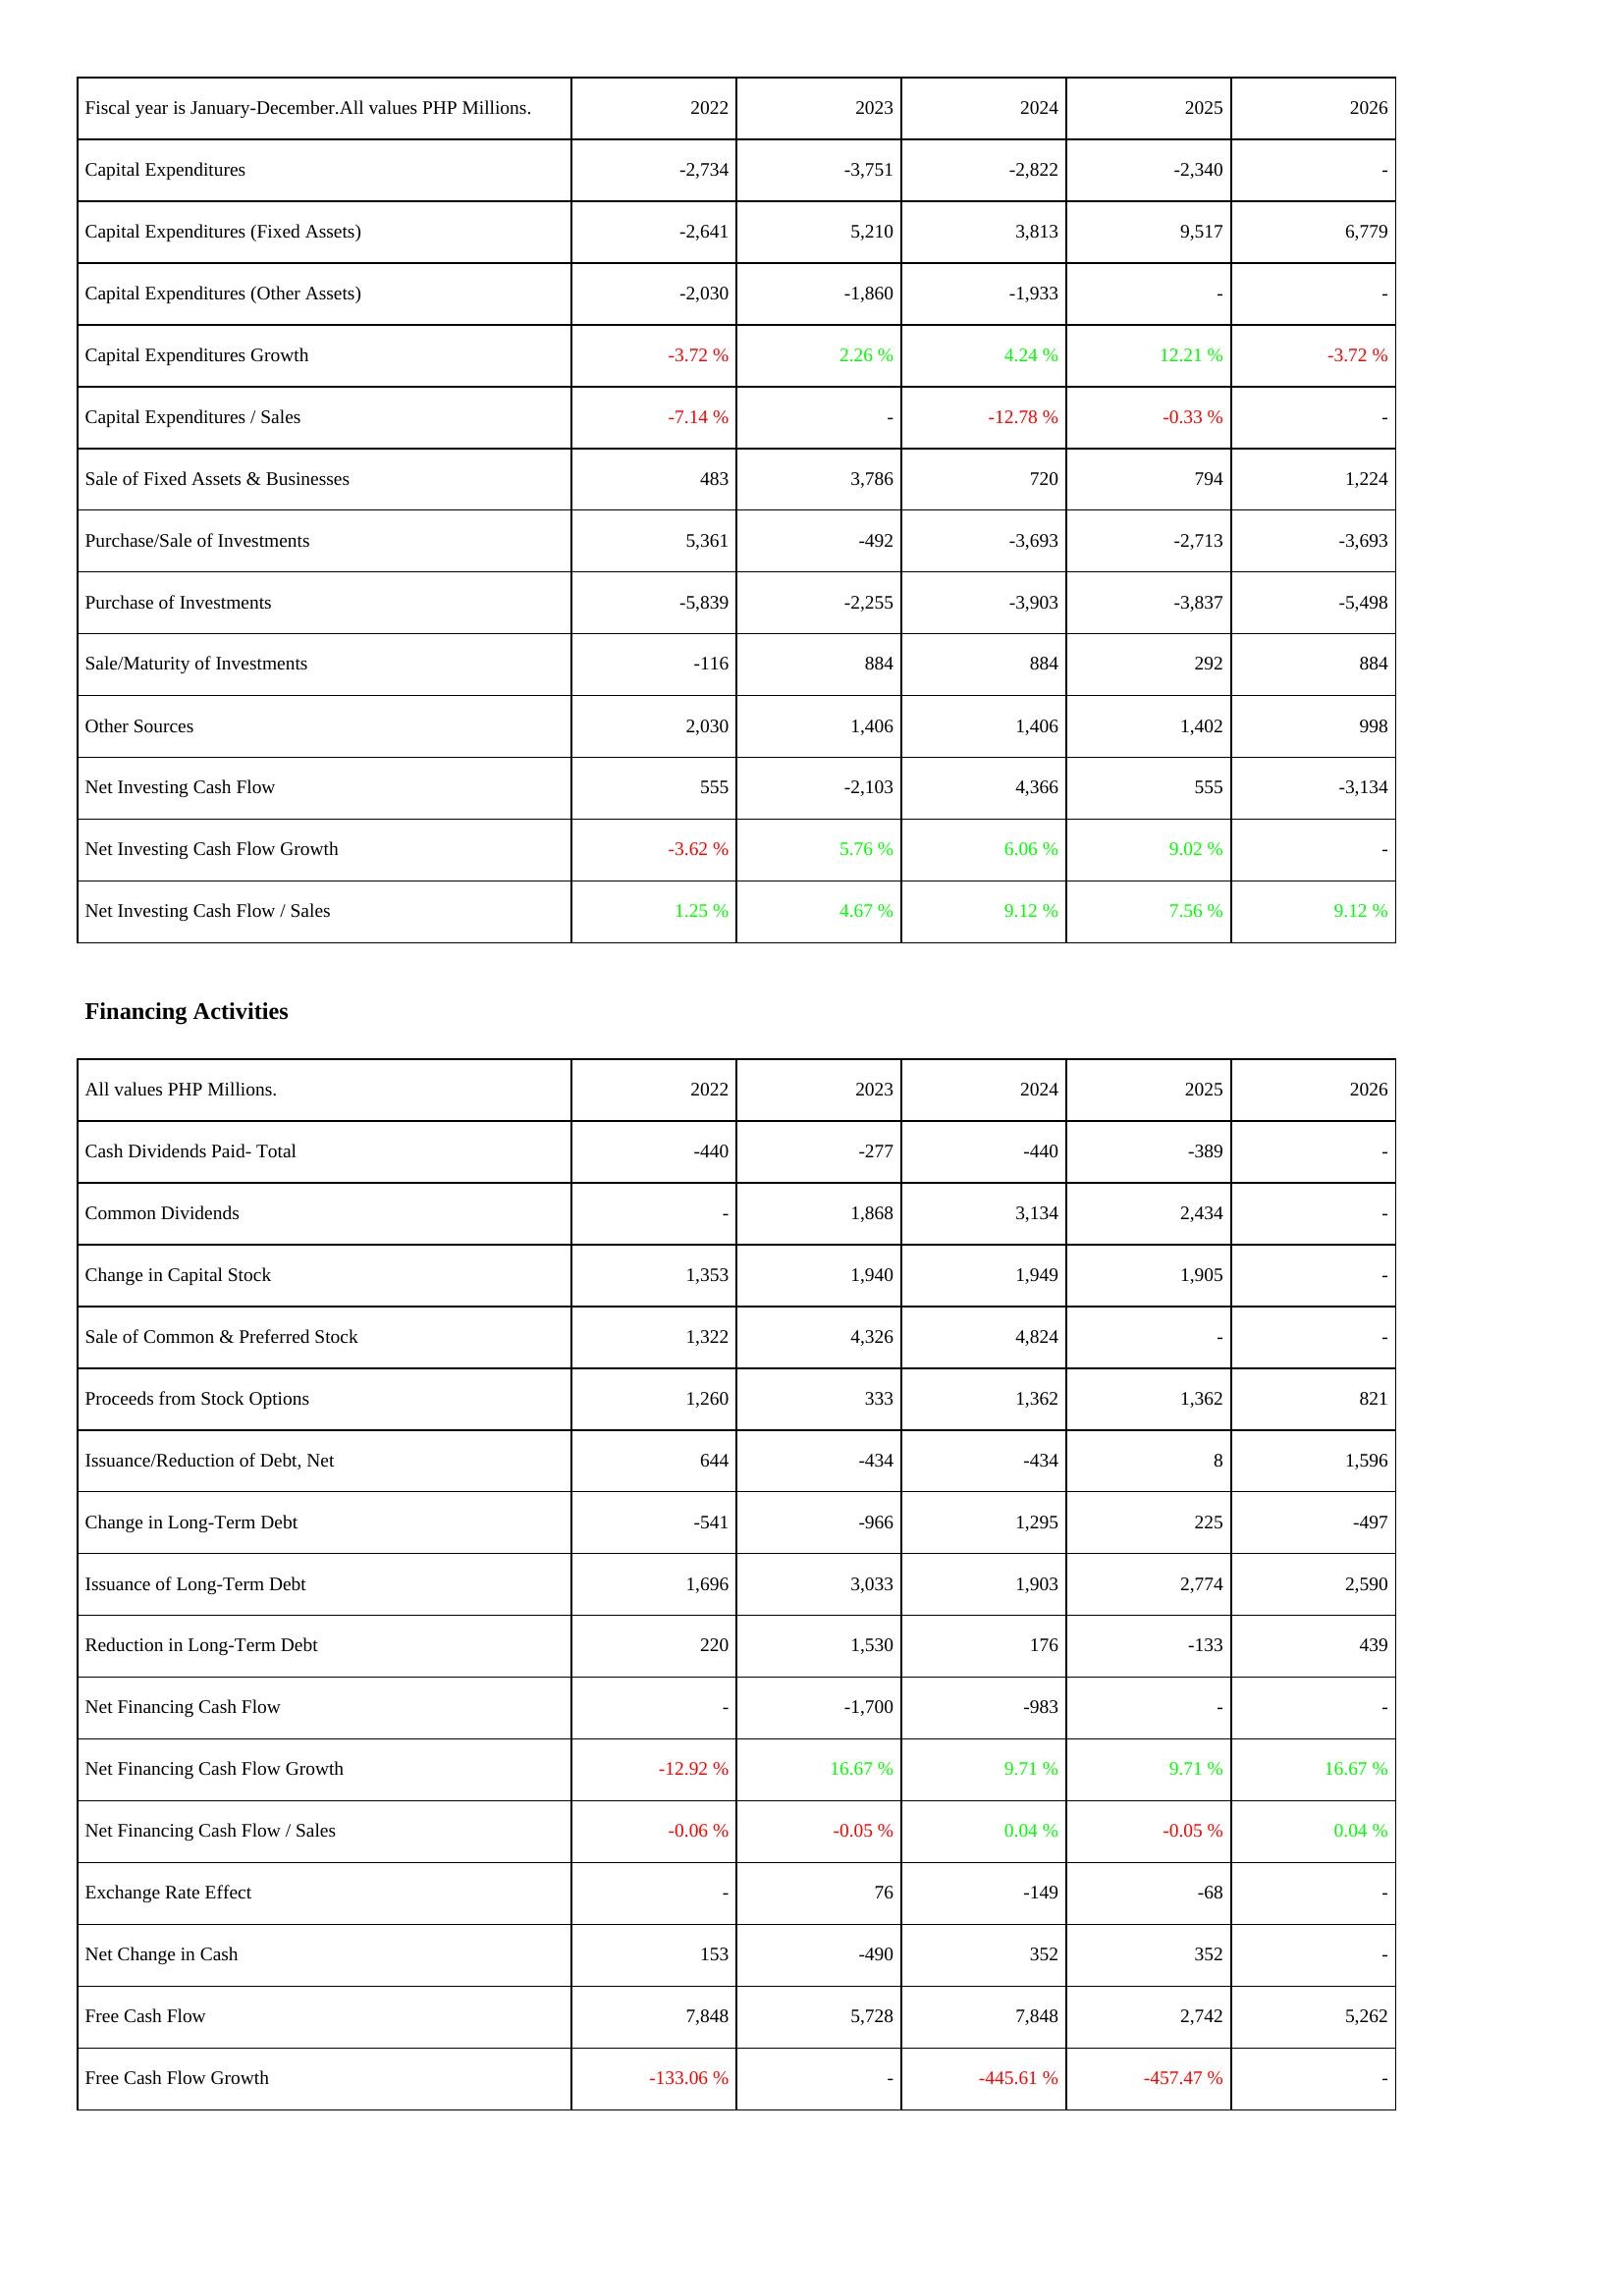
2022: Investing Activities: Capital Expenditures: -2,734
Capital Expenditures (Fixed Assets): -2,641
Capital Expenditures (Other Assets): -2,030
Capital Expenditures Growth: -3.72 %
Capital Expenditures / Sales: -7.14 %
Sale of Fixed Assets & Businesses: 483
Purchase/Sale of Investments: 5,361
Purchase of Investments: -5,839
Sale/Maturity of Investments: -116
Other Sources: 2,030
Net Investing Cash Flow: 555
Net Investing Cash Flow Growth: -3.62 %
Net Investing Cash Flow / Sales: 1.25 %
Financing Activities: Cash Dividends Paid- Total: -440
Common Dividends: -
Change in Capital Stock: 1,353
Sale of Common & Preferred Stock: 1,322
Proceeds from Stock Options: 1,260
Issuance/Reduction of Debt, Net: 644
Change in Long-Term Debt: -541
Issuance of Long-Term Debt: 1,696
Reduction in Long-Term Debt: 220
Net Financing Cash Flow: -
Net Financing Cash Flow Growth: -12.92 %
Net Financing Cash Flow / Sales: -0.06 %
Exchange Rate Effect: -
Net Change in Cash: 153
Free Cash Flow: 7,848
Free Cash Flow Growth: -133.06 %
2023: Investing Activities: Capital Expenditures: -3,751
Capital Expenditures (Fixed Assets): 5,210
Capital Expenditures (Other Assets): -1,860
Capital Expenditures Growth: 2.26 %
Capital Expenditures / Sales: -
Sale of Fixed Assets & Businesses: 3,786
Purchase/Sale of Investments: -492
Purchase of Investments: -2,255
Sale/Maturity of Investments: 884
Other Sources: 1,406
Net Investing Cash Flow: -2,103
Net Investing Cash Flow Growth: 5.76 %
Net Investing Cash Flow / Sales: 4.67 %
Financing Activities: Cash Dividends Paid- Total: -277
Common Dividends: 1,868
Change in Capital Stock: 1,940
Sale of Common & Preferred Stock: 4,326
Proceeds from Stock Options: 333
Issuance/Reduction of Debt, Net: -434
Change in Long-Term Debt: -966
Issuance of Long-Term Debt: 3,033
Reduction in Long-Term Debt: 1,530
Net Financing Cash Flow: -1,700
Net Financing Cash Flow Growth: 16.67 %
Net Financing Cash Flow / Sales: -0.05 %
Exchange Rate Effect: 76
Net Change in Cash: -490
Free Cash Flow: 5,728
Free Cash Flow Growth: -
2024: Investing Activities: Capital Expenditures: -2,822
Capital Expenditures (Fixed Assets): 3,813
Capital Expenditures (Other Assets): -1,933
Capital Expenditures Growth: 4.24 %
Capital Expenditures / Sales: -12.78 %
Sale of Fixed Assets & Businesses: 720
Purchase/Sale of Investments: -3,693
Purchase of Investments: -3,903
Sale/Maturity of Investments: 884
Other Sources: 1,406
Net Investing Cash Flow: 4,366
Net Investing Cash Flow Growth: 6.06 %
Net Investing Cash Flow / Sales: 9.12 %
Financing Activities: Cash Dividends Paid- Total: -440
Common Dividends: 3,134
Change in Capital Stock: 1,949
Sale of Common & Preferred Stock: 4,824
Proceeds from Stock Options: 1,362
Issuance/Reduction of Debt, Net: -434
Change in Long-Term Debt: 1,295
Issuance of Long-Term Debt: 1,903
Reduction in Long-Term Debt: 176
Net Financing Cash Flow: -983
Net Financing Cash Flow Growth: 9.71 %
Net Financing Cash Flow / Sales: 0.04 %
Exchange Rate Effect: -149
Net Change in Cash: 352
Free Cash Flow: 7,848
Free Cash Flow Growth: -445.61 %
2025: Investing Activities: Capital Expenditures: -2,340
Capital Expenditures (Fixed Assets): 9,517
Capital Expenditures (Other Assets): -
Capital Expenditures Growth: 12.21 %
Capital Expenditures / Sales: -0.33 %
Sale of Fixed Assets & Businesses: 794
Purchase/Sale of Investments: -2,713
Purchase of Investments: -3,837
Sale/Maturity of Investments: 292
Other Sources: 1,402
Net Investing Cash Flow: 555
Net Investing Cash Flow Growth: 9.02 %
Net Investing Cash Flow / Sales: 7.56 %
Financing Activities: Cash Dividends Paid- Total: -389
Common Dividends: 2,434
Change in Capital Stock: 1,905
Sale of Common & Preferred Stock: -
Proceeds from Stock Options: 1,362
Issuance/Reduction of Debt, Net: 8
Change in Long-Term Debt: 225
Issuance of Long-Term Debt: 2,774
Reduction in Long-Term Debt: -133
Net Financing Cash Flow: -
Net Financing Cash Flow Growth: 9.71 %
Net Financing Cash Flow / Sales: -0.05 %
Exchange Rate Effect: -68
Net Change in Cash: 352
Free Cash Flow: 2,742
Free Cash Flow Growth: -457.47 %
2026: Investing Activities: Capital Expenditures: -
Capital Expenditures (Fixed Assets): 6,779
Capital Expenditures (Other Assets): -
Capital Expenditures Growth: -3.72 %
Capital Expenditures / Sales: -
Sale of Fixed Assets & Businesses: 1,224
Purchase/Sale of Investments: -3,693
Purchase of Investments: -5,498
Sale/Maturity of Investments: 884
Other Sources: 998
Net Investing Cash Flow: -3,134
Net Investing Cash Flow Growth: -
Net Investing Cash Flow / Sales: 9.12 %
Financing Activities: Cash Dividends Paid- Total: -
Common Dividends: -
Change in Capital Stock: -
Sale of Common & Preferred Stock: -
Proceeds from Stock Options: 821
Issuance/Reduction of Debt, Net: 1,596
Change in Long-Term Debt: -497
Issuance of Long-Term Debt: 2,590
Reduction in Long-Term Debt: 439
Net Financing Cash Flow: -
Net Financing Cash Flow Growth: 16.67 %
Net Financing Cash Flow / Sales: 0.04 %
Exchange Rate Effect: -
Net Change in Cash: -
Free Cash Flow: 5,262
Free Cash Flow Growth: -